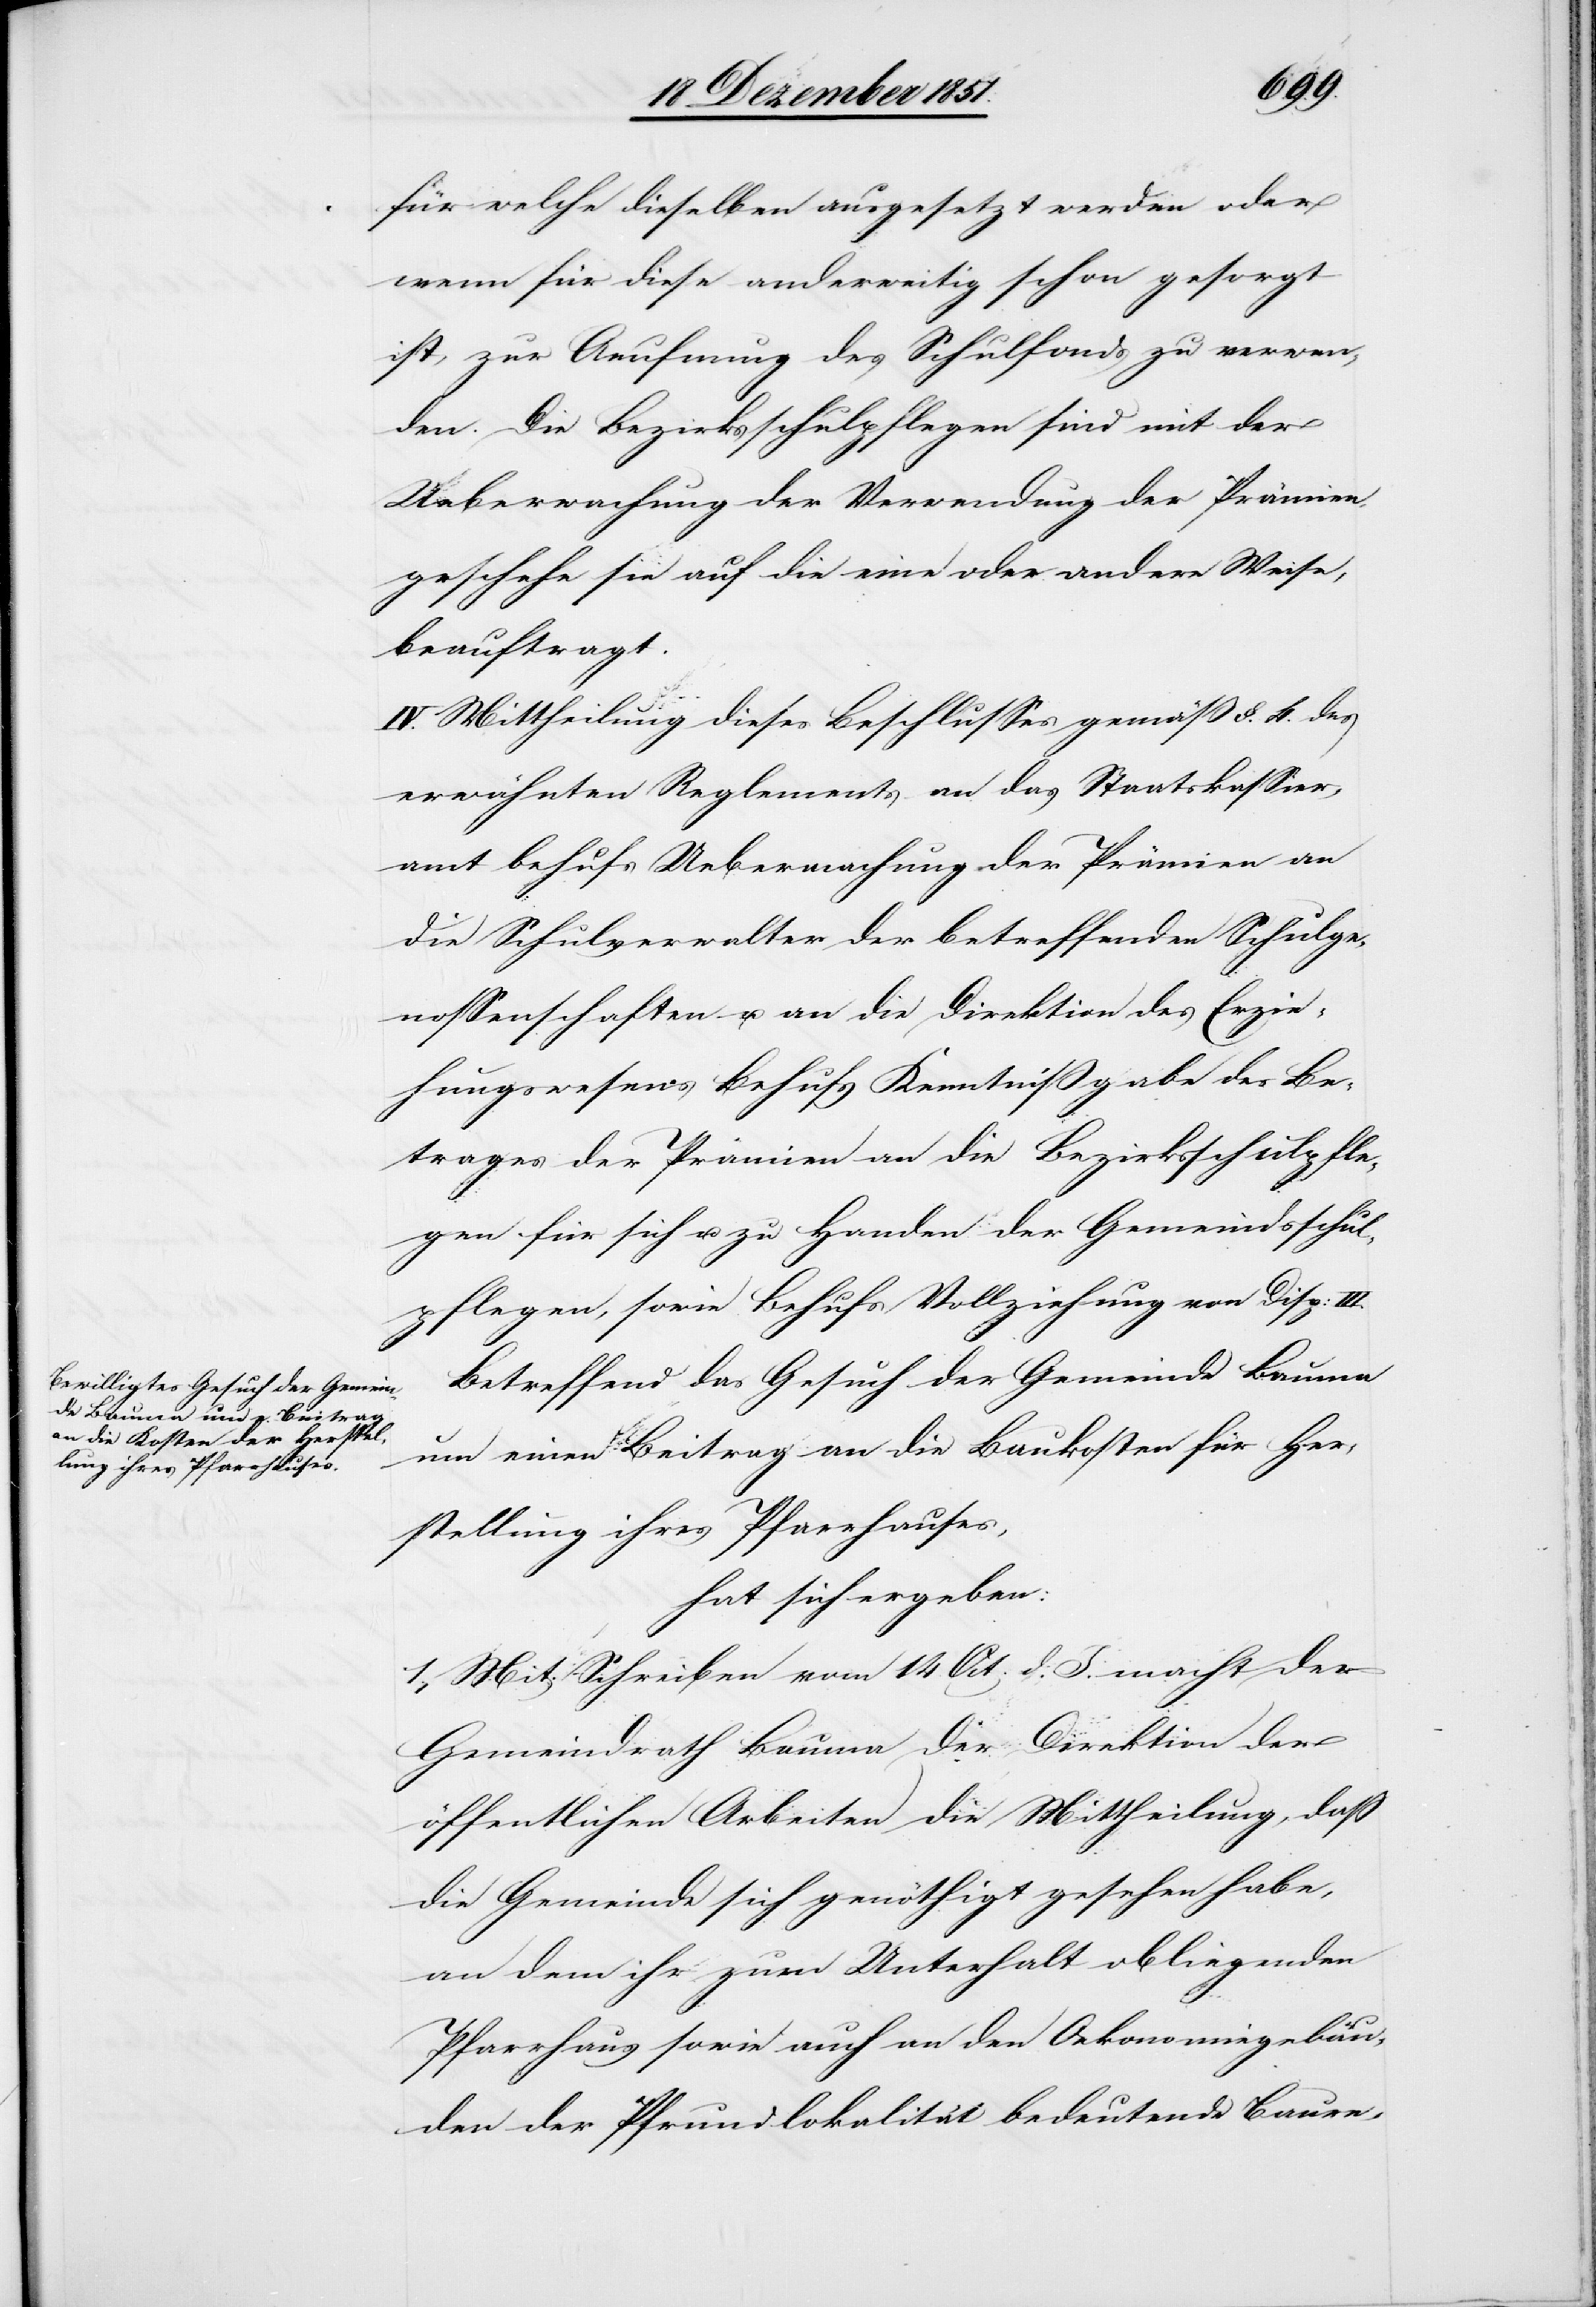
für welche dieselben ausgesetzt werden oder
wenn für diese anderweitig schon gesorgt
ist, zur Aeufnung des Schulfonds zu verwen¬
den. Die Bezirksschulpflegen sind mit der
Ueberwachung der Verwendung der Prämien,
geschehe sie auf die eine oder andere Weise,
beauftragt.
IV. Mittheilung dieses Beschlusses gemäß §. 4. des
erwähnten Reglements an das Staatskassier¬
amt behufs Uebermachung der Prämien an
die Schulverwalter der betreffenden Schulge¬
nossenschaften u. an die Direktion des Erzie¬
hungswesens Behufs Kenntnißgabe des Be¬
trages der Prämien an die Bezirksschulpfle¬
gen für sich u. zu Handen der Gemeindsschul¬
pflegen, sowie Behufs Vollziehung von Disp:
Betreffend das Gesuch der Gemeinde Bauma
um einen Beitrag an die Baukosten für Her¬
stellung ihres Pfarrhauses,
hat sich ergeben:
1., Mit Schreiben vom 14. Oct. d. J. macht der
Gemeindrath Bauma der Direktion der
öffentlichen Arbeiten die Mittheilung, daß
die Gemeinde sich genöthigt gesehen habe,
an dem ihr zum Unterhalt obliegenden
Pfarrhaus sowie auch an den Oekonomiegebäu¬
den der Pfrundlokalität bedeutende Baure-